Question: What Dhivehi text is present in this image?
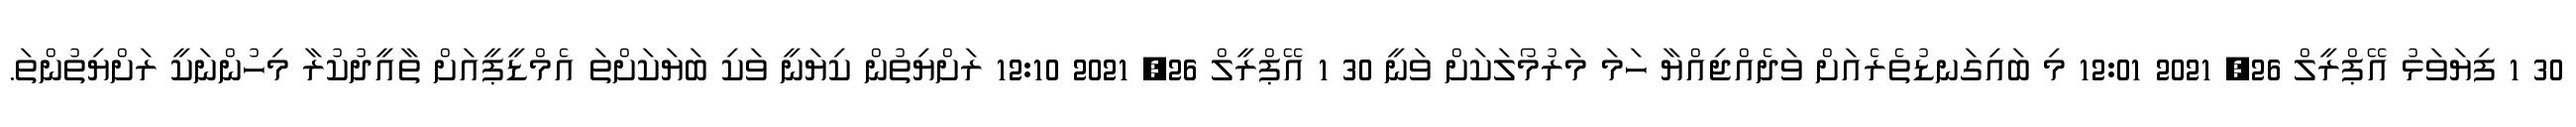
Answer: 30 1 ފިޔަވަޅު އޭޕްރީލް 26, 2021 12:01 މި ބައިގަނޑުތެރެއަށް ވަދެއްޖިއްޔާ ހަމަ މަރުމޯލަކަށް ވަނީ 30 1 އޭޕްރީލް 26, 2021 12:10 ރަށްޔިތުން ކިޔަނީ ވަކި ބަޔަކަށްތަ އެމްޑީޕީއަށް ތާއީދުކުރާ މިހުންނަކީ ރަށްޔިތުންތަ.